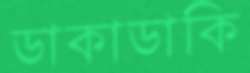
ডাকাডাকি